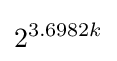
2^{3.6982k}